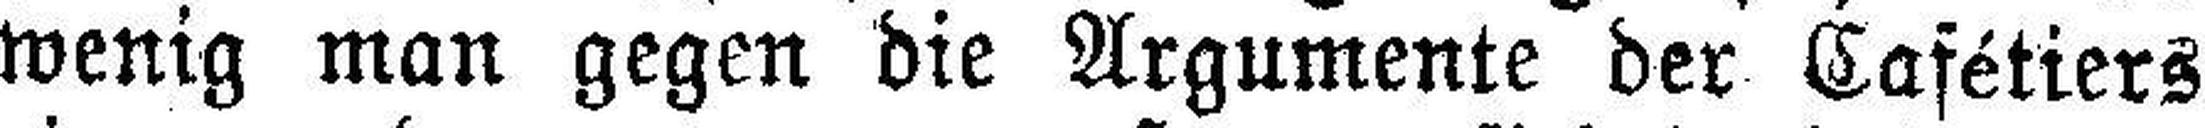
wenig man gegen die Argumente der Cafétiers